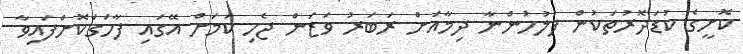
ކޮށީގެ ކުޑަދޮރުތަކުން ފުލުހުންނާ ދިމާއަށް ރަބަރު ވަޒަން ޖެހި ކަމަށް އޭގައި ފާހަގަކޮށްފައިވާ